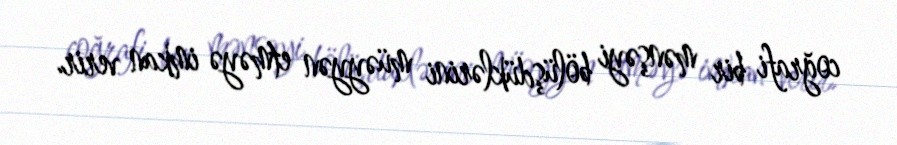
coğrafi bir mənşəyi bölüşdüklərini müəyyən etməyə imkan verir.